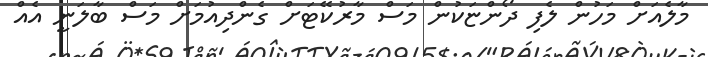
މާލެއަށް މަހުން ލެފި ދޯންޏަކުން މަސް މާރުކޭޓަށް ގެންދިއުމަށް މަސް ބާލަނީ އެއް